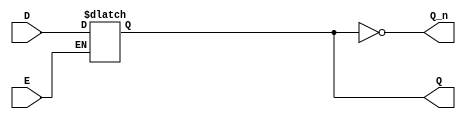
module async_gated_latch (
    input wire D,      // Data Input
    input wire E,      // Enable Input
    output reg Q,      // Output
    output wire Q_n    // Complement Output
);

// Invert the output for the complement
assign Q_n = ~Q;

// Always block to model the asynchronous behavior of the gated latch
always @(*) begin
    if (E) begin
        Q = D; // If enable is high, output follows input
    end
    // If E is low, Q holds its previous state (no assignment here)
end

endmodule